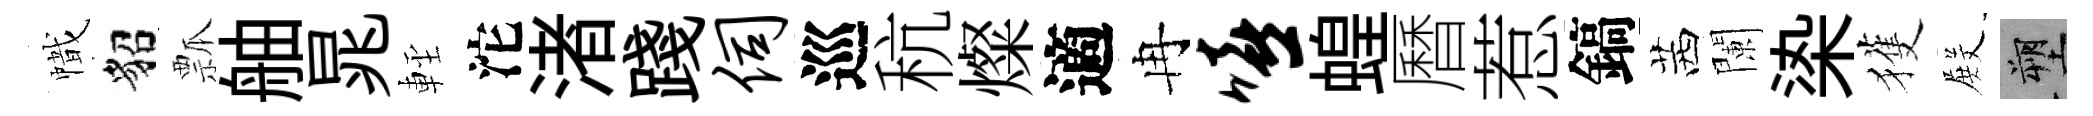
幟貂瓢舳晁䡖沱渚踐伺巡秔燦適冉嘻蝗曆惹鎬茜闌𣑱獲𭮺塑